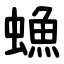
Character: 䗨